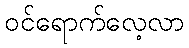
ဝင်ရောက်လေ့လာ